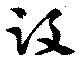
没